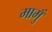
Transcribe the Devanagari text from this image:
मामुँ